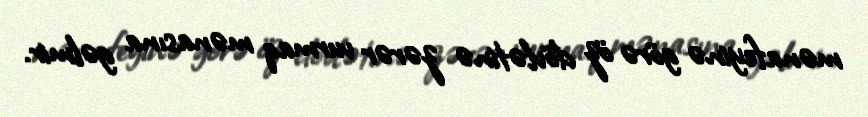
mənafeyinə görə öz dövlətinə zərər vurmaq mənasına gəlmir.